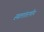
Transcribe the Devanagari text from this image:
स्थलांतरणीय